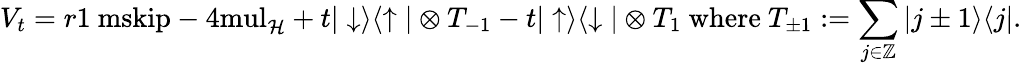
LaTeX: V_{t}=r{\mathchoice{\mathrm{1\ mskip-4mul}}{\mathrm{1\ mskip-4mul}}{\mathrm{1\ mskip-4.5mul}}{\mathrm{1\ mskip-5mul}}}_{\mathcal{H}}+t|\downarrow\rangle\langle\uparrow|\otimes T_{-1}-t|\uparrow\rangle\langle\downarrow|\otimes T_{1}\mathrm{~where~}T_{\pm 1}:=\sum_{j\in{\mathord{\mathbb Z}}}|j\pm 1\rangle\langle j|.